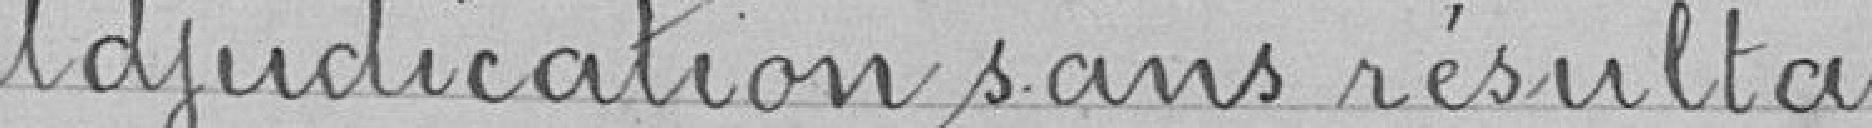
Adjudication sans résultat